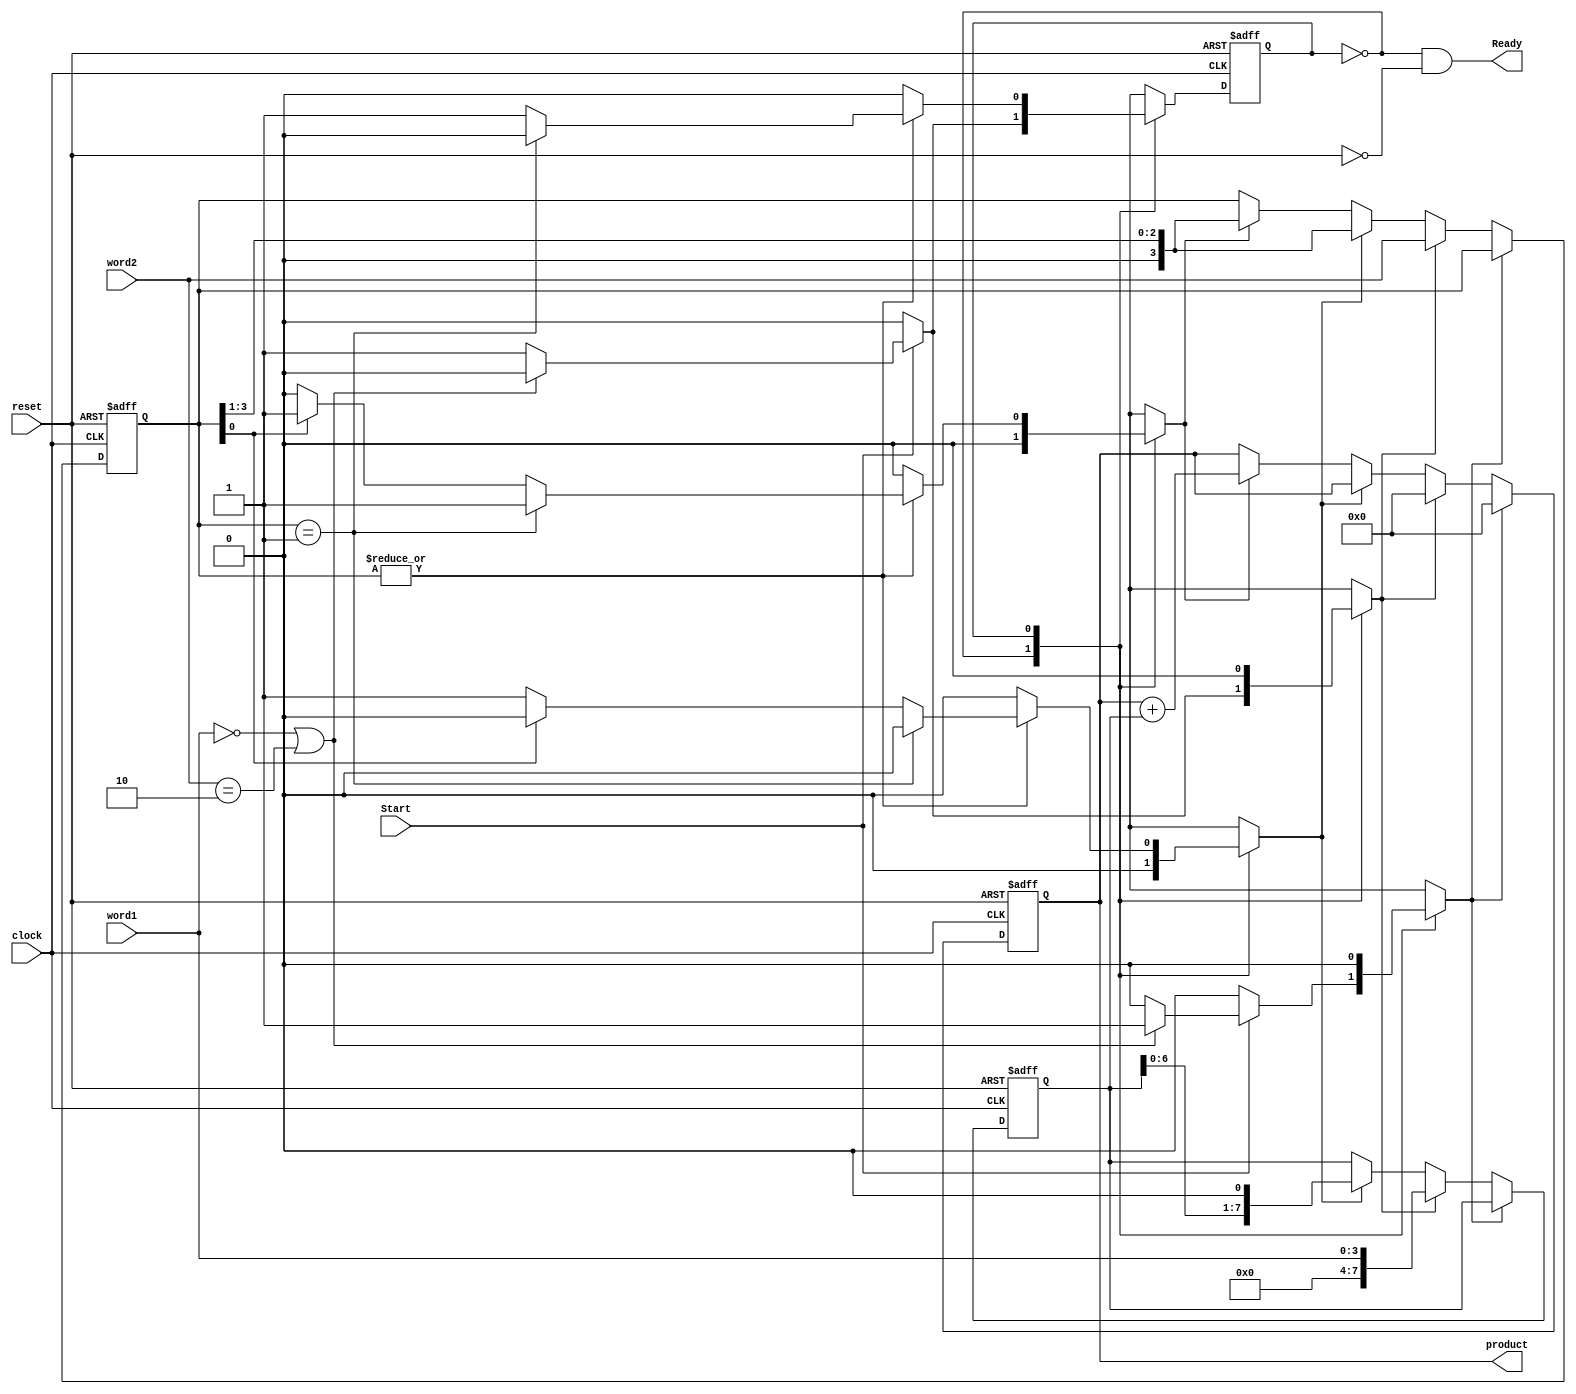
module Multiplier_ASM_1(product,Ready,word1,word2,Start,clock,reset);
parameter                   L_word=4;
output    [2*L_word-1:0]    product;
output                      Ready;
input     [L_word-1:0]      word1,word2;
input                       Start,clock,reset;
reg                         state,next_state;
reg       [2*L_word-1:0]    multiplicand;
reg       [L_word-1:0]      multiplier;
reg                         product,Load_words;
reg                         Flush,Shift,Add_shift;
parameter                   S_idle=0,S_running=1;
wire                        Empty=(word1 == 0)||(word2 ==2);
wire                        Ready=(state == S_idle) && (!reset);  
always @(posedge clock or posedge reset) begin
    if(reset) state <= S_idle;
    else state<=next_state;
end

always @(state or Start or Empty or multiplier) begin
    Flush=0;
    Load_words=0;
    Shift = 0;
    Add_shift=0;
    case (state)
        S_idle: 
        begin
          if(!Start) next_state=S_idle;
          else if(Empty) begin
            next_state=S_idle;
            Flush=1;
          end
          else begin
            Load_words = 1;
            next_state=S_running;
          end
        end
        S_running: 
        begin
          if(~|multiplier) next_state=S_idle;
          else if(multiplier==1)
          begin
            Add_shift=1;
            next_state=S_idle;
          end
          else if(multiplier[0])
          begin
            Add_shift=1;
            next_state=S_running; 
          end
          else 
          begin 
            Shift=1;
            next_state=S_running;
          end
        end
        default: next_state=S_idle;
    endcase
end

always @(posedge clock or posedge reset) begin
    if(reset)
    begin
      multiplier <= 0;
      multiplicand <= 0;
      product <= 0;
    end
    else begin
      if(Flush)  product <= 0;
      else if(Load_words==1)
      begin 
        multiplicand <= word1;
        multiplier <= word2;
        product <= 0;
      end
      else if(Shift) begin
        multiplicand <= multiplicand << 1;
        multiplier <= multiplier >> 1;
      end
      else if(Add_shift) begin
        product <= product+multiplicand;
        multiplier <= multiplier >> 1;
      end
    end
end
endmodule